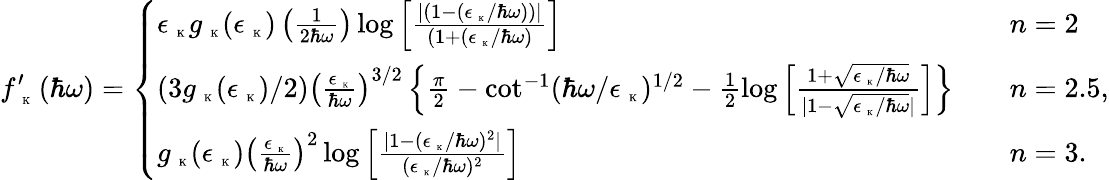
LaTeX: f_{\mathrm{~\tiny~K~}}^{\prime}\left(\hbar\omega\right)=\left\{ \begin{array}{ll}{\epsilon_{\mathrm{~\tiny~K~}}g_{\mathrm{~\tiny~K~}}(\epsilon_{\mathrm{~\tiny~K~}})\left(\frac{1}{2\hbar\omega}\right)\log\left[\frac{\vert(1-(\epsilon_{\mathrm{~\tiny~K~}}/\hbar\omega))\vert}{(1+(\epsilon_{\mathrm{~\tiny~K~}}/\hbar\omega)}\right]}&{\quad n=2}\\ {(3g_{\mathrm{~\tiny~K~}}(\epsilon_{\mathrm{~\tiny~K~}})/2)\left(\frac{\epsilon_{\mathrm{~\tiny~K~}}}{\hbar\omega}\right)^{3/2}\left\{ \frac{\pi}{2}-\cot^{-1}(\hbar\omega/\epsilon_{\mathrm{~\tiny~K~}})^{1/2}-\frac{1}{2}\log\left[\frac{1+\sqrt{\epsilon_{\mathrm{~\tiny~K~}}/\hbar\omega}}{\vert 1-\sqrt{\epsilon_{\mathrm{~\tiny~K~}}/\hbar\omega}\vert}\right]\right\} }&{\quad n=2.5,}\\ {g_{\mathrm{~\tiny~K~}}(\epsilon_{\mathrm{~\tiny~K~}})\left(\frac{\epsilon_{\mathrm{~\tiny~K~}}}{\hbar\omega}\right)^{2}\log\left[\frac{\vert 1-(\epsilon_{\mathrm{~\tiny~K~}}/\hbar\omega)^{2}\vert}{(\epsilon_{\mathrm{~\tiny~K~}}/\hbar\omega)^{2}}\right]}&{\quad n=3.}\end{array}\right.